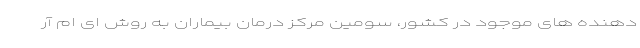
دهنده های موجود در کشور، سومین مرکز درمان بیماران به روش ای ام آر